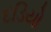
દડિયો